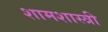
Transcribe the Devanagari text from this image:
शामशास्त्री